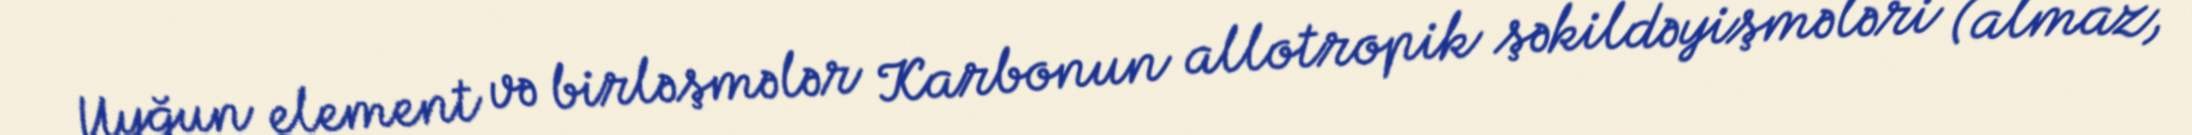
Uyğun element və birləşmələr Karbonun allotropik şəkildəyişmələri (almaz,